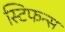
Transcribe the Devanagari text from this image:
स्टिफन्स